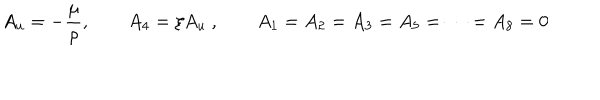
A _ { u } = - { \frac { \mu } { \rho } } , \qquad A _ { 4 } = \xi A _ { u } \ , \qquad A _ { 1 } = A _ { 2 } = A _ { 3 } = A _ { 5 } = \dots = A _ { 8 } = 0